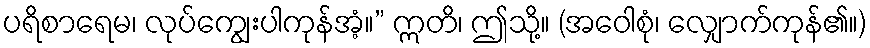
ပရိစာရေမ၊ လုပ်ကျွေးပါကုန်အံ့။” ဣတိ၊ ဤသို့။ (အဝေါစုံ၊ လျှောက်ကုန်၏။)